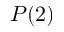
P ( 2 )